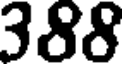
388